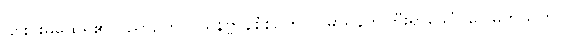
၎င်းင်းမထေရ်၏ ဝိညာဉ်ကို (ပရိနိဗ္ဗာန်စံစဉ်တွင်) မာရ်နတ်ကြီးရှာဖွေပုံ၊ ဂေါဓိကသုတ်၊